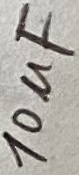
Text: 10uF